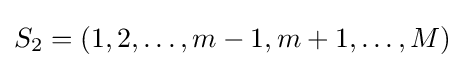
S_{2}=(1,2,\ldots ,m-1,m+1,\ldots ,M)